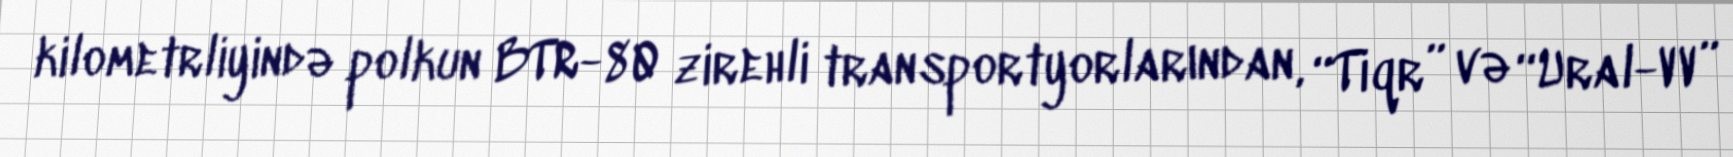
kilometrliyində polkun BTR-80 zirehli transportyorlarından, “Tiqr” və “Ural-VV”